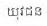
យុវជន